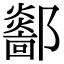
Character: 𨟏